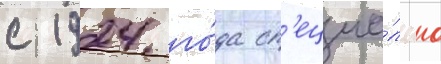
с 1924 го́да сп'ециа́льно